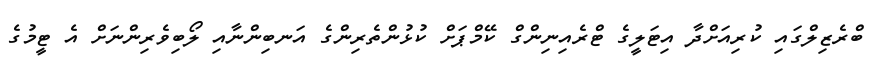
ބްރެޒިލްގައި ކުރިއަށްދާ އިޓަލީގެ ޓްރެއިނިންގް ކޭމްޕަށް ކުޅުންތެރިންގެ އަނބިންނާއި ލޯބިވެރިންނަށް އެ ޓީމުގެ